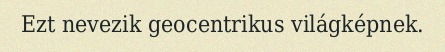
Ezt nevezik geocentrikus világképnek.